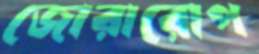
জোরারোপ